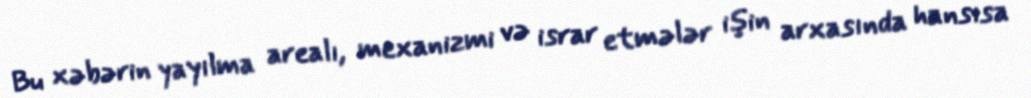
Bu xəbərin yayılma arealı, mexanizmi və israr etmələr işin arxasında hansısa